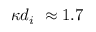
\kappa d _ { i } ~ \approx 1 . 7